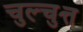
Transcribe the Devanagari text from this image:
चुल्चुत्त